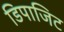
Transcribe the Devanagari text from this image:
डिपाजिट